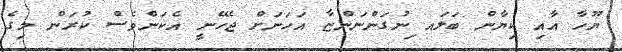
ޔޫހާ އާއި ކިޔާން ބަލައ ިނުގަންނަންޏާ އަހަނަށް ޖެހޭނީ އެކަންވެސް ކުރަން މިގެ